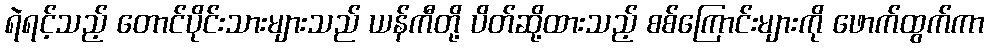
ရဲရင့်သည့် တောင်ပိုင်းသားများသည် ယန်ကီတို့ ပိတ်ဆို့ထားသည့် စစ်ကြောင်းများကို ဖောက်ထွက်ကာ